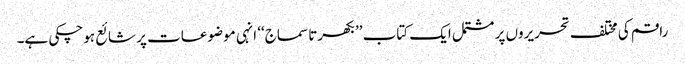
راقم کی مختلف تحریروں پر مشتمل ایک کتاب ’’بکھرتا سماج‘‘ انہی موضوعات پر شائع ہوچکی ہے۔